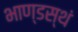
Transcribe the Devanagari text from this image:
भाण्डस्थं